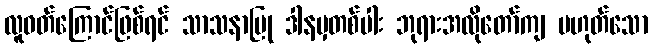
လူဝတ်ကြောင်ဖြစ်ရင် သာသနာပြု ဒါနမှတစ်ပါး ဘုရားအလိုတော်ကျ မဟုတ်သော